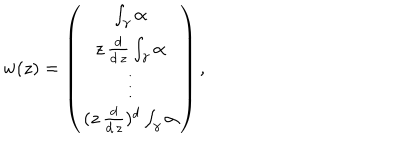
w ( z ) = \left( \begin{array} { c } { { \int _ { \gamma } \alpha } } \\ { { z \, \frac { d } { d \, z } \int _ { \gamma } \alpha } } \\ { { \vdots } } \\ { { ( z \, \frac { d } { d \, z } ) ^ { d } \int _ { \gamma } \alpha } } \\ \end{array} \right) ,